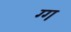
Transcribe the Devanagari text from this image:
ग्ग